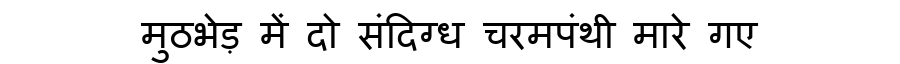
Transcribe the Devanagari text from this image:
मुठभेड़ में दो संदिग्ध चरमपंथी मारे गए